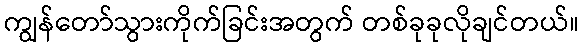
ကျွန်တော်သွားကိုက်ခြင်းအတွက် တစ်ခုခုလိုချင်တယ်။